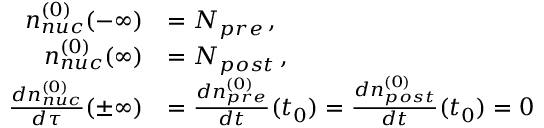
\begin{array} { r l } { n _ { n u c } ^ { ( 0 ) } ( - \infty ) } & { = N _ { p r e } \, , } \\ { n _ { n u c } ^ { ( 0 ) } ( \infty ) } & { = N _ { p o s t } \, , } \\ { { \frac { d n _ { n u c } ^ { ( 0 ) } } { d \tau } } ( \pm \infty ) } & { = { \frac { d n _ { p r e } ^ { ( 0 ) } } { d t } } ( t _ { 0 } ) = { \frac { d n _ { p o s t } ^ { ( 0 ) } } { d t } } ( t _ { 0 } ) = 0 } \end{array}